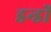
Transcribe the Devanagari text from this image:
डन्डों